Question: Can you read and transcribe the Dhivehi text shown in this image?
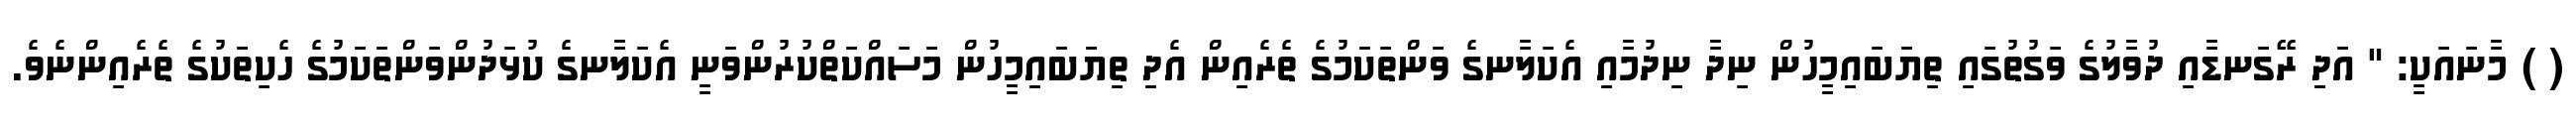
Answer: ( ) މާނައަކީ: " އަދި ރޭގަނޑާއި ދުވާލުގެ ވަގުތުގައި ތިޔަބައިމީހުން ނިދާ ނިދުމާއި އެކަލާނގެ ވަންތަކަމުގެ ތެރެއިން އެދި ތިޔަބައިމީހުން މަސައްކަތްކުރުންވަނީ އެކަލާނގެ ކުޅަދުންވަންތަކަމުގެ ހެކިތަކުގެ ތެރެއިންނެވެ.